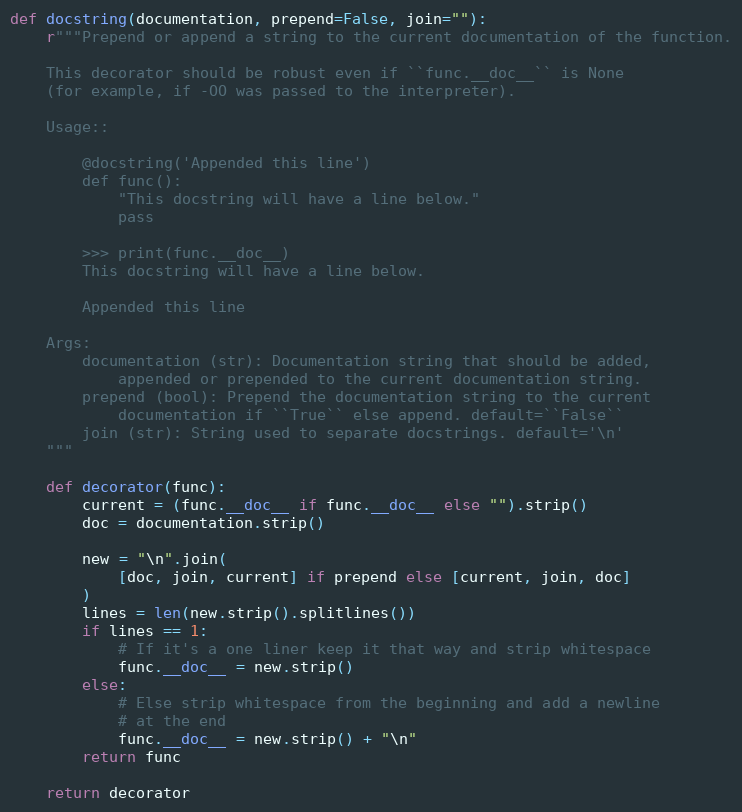
Language: Python
def docstring(documentation, prepend=False, join=""):
    r"""Prepend or append a string to the current documentation of the function.

    This decorator should be robust even if ``func.__doc__`` is None
    (for example, if -OO was passed to the interpreter).

    Usage::

        @docstring('Appended this line')
        def func():
            "This docstring will have a line below."
            pass

        >>> print(func.__doc__)
        This docstring will have a line below.

        Appended this line

    Args:
        documentation (str): Documentation string that should be added,
            appended or prepended to the current documentation string.
        prepend (bool): Prepend the documentation string to the current
            documentation if ``True`` else append. default=``False``
        join (str): String used to separate docstrings. default='\n'
    """

    def decorator(func):
        current = (func.__doc__ if func.__doc__ else "").strip()
        doc = documentation.strip()

        new = "\n".join(
            [doc, join, current] if prepend else [current, join, doc]
        )
        lines = len(new.strip().splitlines())
        if lines == 1:
            # If it's a one liner keep it that way and strip whitespace
            func.__doc__ = new.strip()
        else:
            # Else strip whitespace from the beginning and add a newline
            # at the end
            func.__doc__ = new.strip() + "\n"
        return func

    return decorator